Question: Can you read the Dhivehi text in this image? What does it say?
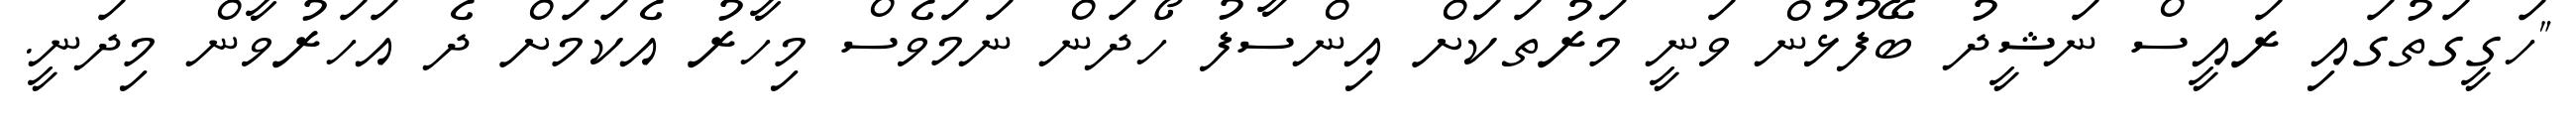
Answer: "ހަގީގަތުގައި ރައީސް ނަޝީދު ބޭފުޅުން ވަނީ މަރުތަކަށް އިންސާފު ހޯދަން ނަމަވެސް މިހާރު އެކަމަށް ދެ އަހަރުވާން މިދަނީ.